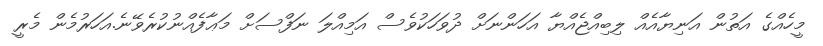
މީހެއްގެ އަތުން އަނިޔާއެއް ލިބިއްޖެއްޔާ އަހަންނަށް ދުވަހަކުވެސް އަމިއްލަ ނަފްސަށް މަޢާފެއްނުކުރެވޭނެ.އަހަރުމެން މެރީ